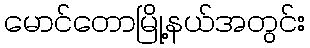
မောင်တောမြို့နယ်အတွင်း